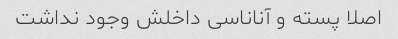
اصلا پسته و آناناسی داخلش وجود نداشت